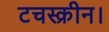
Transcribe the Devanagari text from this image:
टचस्क्रीन।